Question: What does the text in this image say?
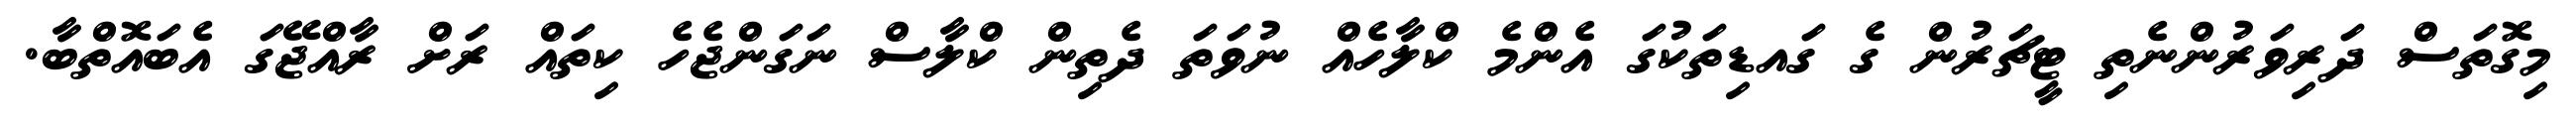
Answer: މިގޮތަސް ދަރިވަރުންނެތި ޓީޗަރުން ގެ ގައޑިތަކުގަ އެންމެ ކްލާހެއް ނުވަތަ ދެތިން ކްލާސް ނަގަންޖެހެ ކިތައް ރަށް ރާއްޖޭގަ އެބައޮތްބާ.